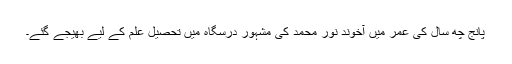
پانج چھ سال کی عمر میں آخوند نور محمد کی مشہور درسگاہ میں تحصیل علم کے لیے بھیجے گئے۔